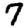
Digit: 7